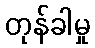
တုန်ခါမှု